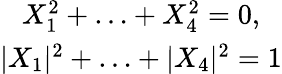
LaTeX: \begin{array}{c}{{X_{1}^{2}+\ldots+X_{4}^{2}=0,}}\\ {{|X_{1}|^{2}+\ldots+|X_{4}|^{2}=1}}\end{array}